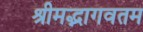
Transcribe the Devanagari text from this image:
श्रीमद्भागवतम